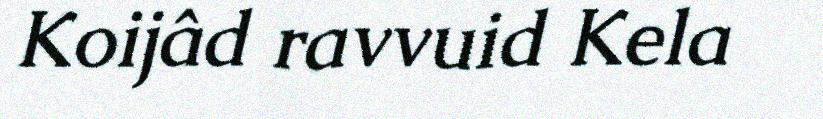
Koijâd ravvuid Kela